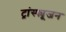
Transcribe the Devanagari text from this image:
ट्रांस्फ्यूजन